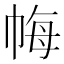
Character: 𢂳